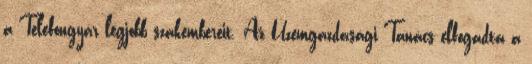
a Telefongyár legjobb szakembereit. Az Üzemgazdasági Tanács elfogadta a